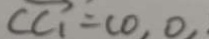
\overrightarrow { C C _ { 1 } } = C O , O ,